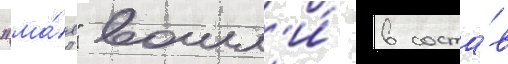
"ма́я" вошл'и́ в соста́в